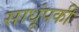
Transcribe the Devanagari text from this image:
साधूंपकी